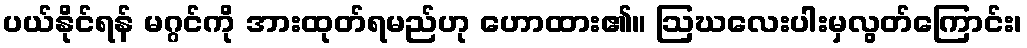
ပယ်နိုင်ရန် မဂ္ဂင်ကို အားထုတ်ရမည်ဟု ဟောထား၏။ ဩဃလေးပါးမှလွတ်ကြောင်း၊